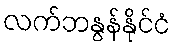
လက်ဘနွန်နိုင်ငံ